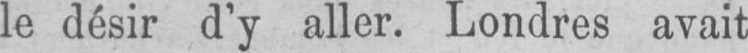
le désir d’y aller. Londres avait